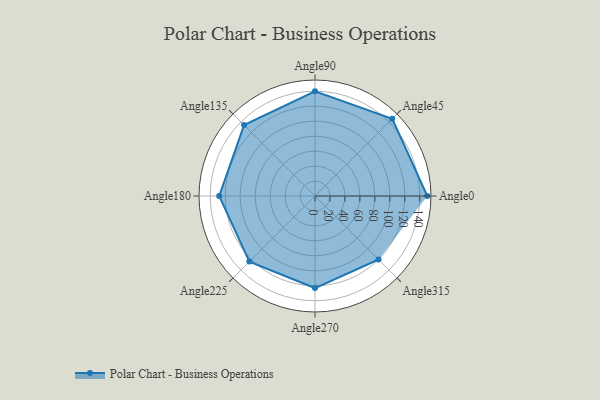
{"axis": {"x": "Angle", "y": "Radius"}, "legend": [""], "data": [{"x": "Angle0", "y": 150.0, "type": ""}, {"x": "Angle45", "y": 146.0, "type": ""}, {"x": "Angle90", "y": 140.0, "type": ""}, {"x": "Angle135", "y": 134.0, "type": ""}, {"x": "Angle180", "y": 128.0, "type": ""}, {"x": "Angle225", "y": 124.0, "type": ""}, {"x": "Angle270", "y": 123.0, "type": ""}, {"x": "Angle315", "y": 120.0, "type": ""}]}